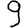
Digit: 9